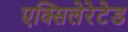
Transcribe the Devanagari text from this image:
एक्सिलेरेटेड